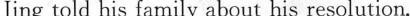
Jing told his family about his resolution.